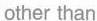
other than